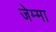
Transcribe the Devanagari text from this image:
जेम्मा